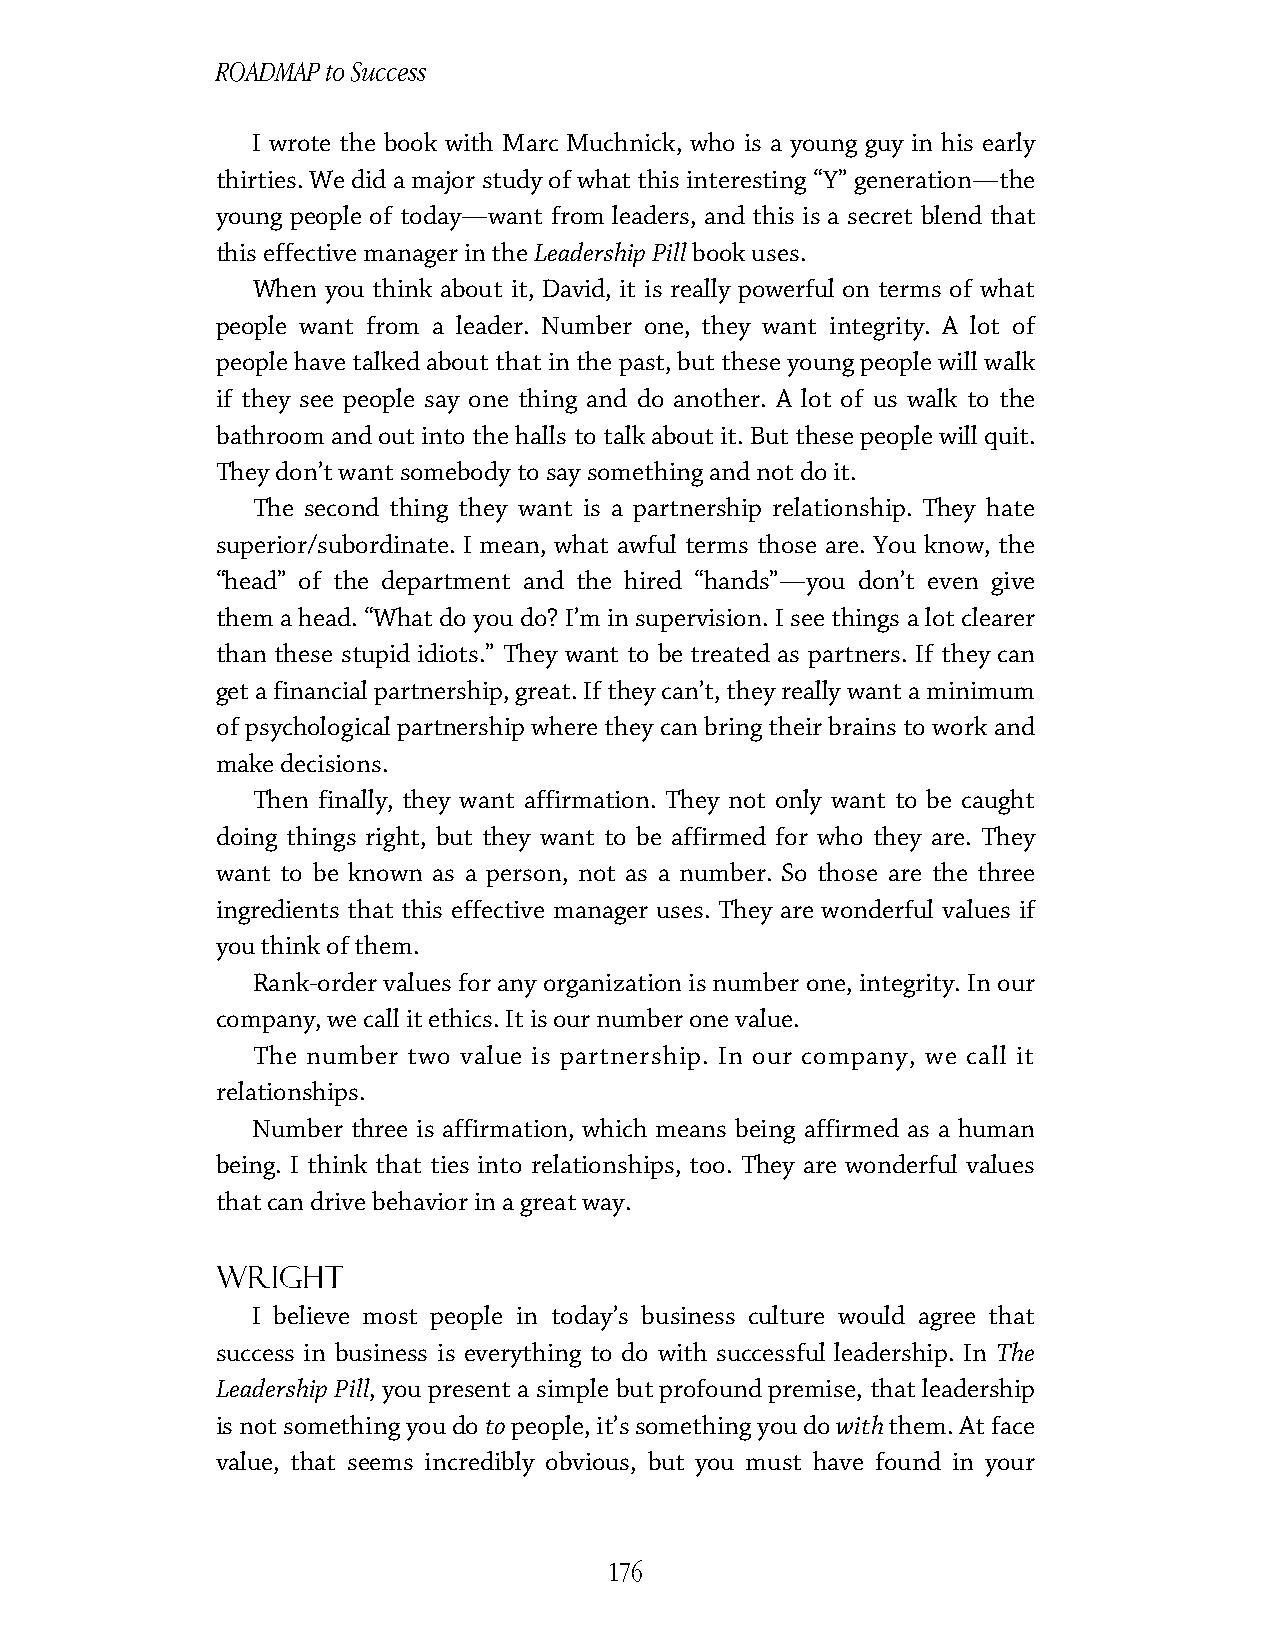
ROADMAP to Success
 I wrote the book with Marc Muchnick, who is a young guy in his early
 thirties. We did a major study of what this interesting “Y” generation—the
 young people of today—want from leaders, and this is a secret blend that
 this effective manager in the Leadership Pill book uses.
 When you think about it, David, it is really powerful on terms of what
 people want from a leader. Number one, they want integrity. A lot of
 people have talked about that in the past, but these young people will walk
 if they see people say one thing and do another. A lot of us walk to the
 bathroom and out into the halls to talk about it. But these people will quit.
 They don’t want somebody to say something and not do it.
 The second thing they want is a partnership relationship. They hate
 superior/subordinate. I mean, what awful terms those are. You know, the
 “head” of the department and the hired “hands”—you don’t even give
 them a head. “What do you do? I’m in supervision. I see things a lot clearer
 than these stupid idiots.” They want to be treated as partners. If they can
 get a financial partnership, great. If they can’t, they really want a minimum
 of psychological partnership where they can bring their brains to work and
 make decisions.
 Then finally, they want affirmation. They not only want to be caught
 doing things right, but they want to be affirmed for who they are. They
 want to be known as a person, not as a number. So those are the three
 ingredients that this effective manager uses. They are wonderful values if
 you think of them.
 Rank-order values for any organization is number one, integrity. In our
 company, we call it ethics. It is our number one value.
 The number two value is partnership. In our company, we call it
 relationships.
 Number three is affirmation, which means being affirmed as a human
 being. I think that ties into relationships, too. They are wonderful values
 that can drive behavior in a great way.
 Wright
 I believe most people in today’s business culture would agree that
 success in business is everything to do with successful leadership. In The
 Leadership Pill, you present a simple but profound premise, that leadership
 is not something you do to people, it’s something you do with them. At face
 value, that seems incredibly obvious, but you must have found in your
 176